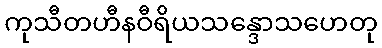
ကုသီတဟီနဝီရိယသန္ဒောသဟေတု